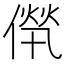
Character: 𠌻